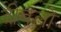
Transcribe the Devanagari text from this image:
दीवलों